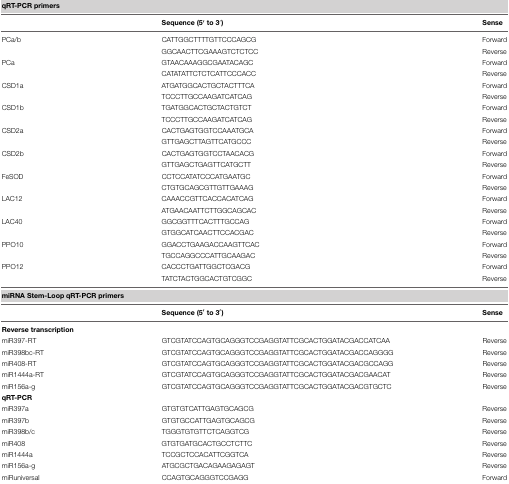
<table><thead><tr><td colspan="3"><b>qRT-PCR primers</b></td></tr><tr><td></td><td><b>Sequence (5′to 3′)</b></td><td><b>Sense</b></td></tr></thead><tbody><tr><td>PCa/b</td><td>CATTGGCTTTTGTTCCCAGCG</td><td>Forward</td></tr><tr><td></td><td>GGCAACTTCGAAAGTCTCTCC</td><td>Reverse</td></tr><tr><td>PCa</td><td>GTAACAAAGGCGAATACAGC</td><td>Forward</td></tr><tr><td></td><td>CATATATTCTCTCATTCCCACC</td><td>Reverse</td></tr><tr><td>CSD1a</td><td>ATGATGGCACTGCTACTTTCA</td><td>Forward</td></tr><tr><td></td><td>TCCCTTGCCAAGATCATCAG</td><td>Reverse</td></tr><tr><td>CSD1b</td><td>TGATGGCACTGCTACTGTCT</td><td>Forward</td></tr><tr><td></td><td>TCCCTTGCCAAGATCATCAG</td><td>Reverse</td></tr><tr><td>CSD2a</td><td>CACTGAGTGGTCCAAATGCA</td><td>Forward</td></tr><tr><td></td><td>GTTGAGCTTAGTTCATGCCC</td><td>Reverse</td></tr><tr><td>CSD2b</td><td>CACTGAGTGGTCCTAACACG</td><td>Forward</td></tr><tr><td></td><td>GTTGAGCTGAGTTCATGCTT</td><td>Reverse</td></tr><tr><td>FeSOD</td><td>CCTCCATATCCCATGAATGC</td><td>Forward</td></tr><tr><td></td><td>CTGTGCAGCGTTGTTGAAAG</td><td>Reverse</td></tr><tr><td>LAC12</td><td>CAAACCGTTCACCACATCAG</td><td>Forward</td></tr><tr><td></td><td>ATGAACAATTCTTGGCAGCAC</td><td>Reverse</td></tr><tr><td>LAC40</td><td>GGCGGTTTCACTTTGCCAG</td><td>Forward</td></tr><tr><td></td><td>GTGGCATCAACTTCCACGAC</td><td>Reverse</td></tr><tr><td>PPO10</td><td>GGACCTGAAGACCAAGTTCAC</td><td>Forward</td></tr><tr><td></td><td>TGCCAGGCCCATTGCAAGAC</td><td>Reverse</td></tr><tr><td>PPO12</td><td>CACCCTGATTGGCTCGACG</td><td>Forward</td></tr><tr><td></td><td>TATCTACTGGCACTGTCGGC</td><td>Reverse</td></tr><tr><td><b>miRNA Stem-Loop qRT-PCR primers</b></td></tr><tr><td></td><td><b>Sequence (5</b>′<b>to 3</b>′<b>)</b></td><td><b>Sense</b></td></tr><tr><td><b>Reverse transcription</b></td><td></td><td></td></tr><tr><td>miR397-RT</td><td>GTCGTATCCAGTGCAGGGTCCGAGGTATTCGCACTGGATACGACCATCAA</td><td>Reverse</td></tr><tr><td>miR398bc-RT</td><td>GTCGTATCCAGTGCAGGGTCCGAGGTATTCGCACTGGATACGACCAGGGG</td><td>Reverse</td></tr><tr><td>miR408-RT</td><td>GTCGTATCCAGTGCAGGGTCCGAGGTATTCGCACTGGATACGACGCCAGG</td><td>Reverse</td></tr><tr><td>miR1444a-RT</td><td>GTCGTATCCAGTGCAGGGTCCGAGGTATTCGCACTGGATACGACGAACAT</td><td>Reverse</td></tr><tr><td>miR156a-g</td><td>GTCGTATCCAGTGCAGGGTCCGAGGTATTCGCACTGGATACGACGTGCTC</td><td>Reverse</td></tr><tr><td><b>qRT-PCR</b></td><td></td><td></td></tr><tr><td>miR397a</td><td>GTGTGTCATTGAGTGCAGCG</td><td>Reverse</td></tr><tr><td>miR397b</td><td>GTGTGCCATTGAGTGCAGCG</td><td>Reverse</td></tr><tr><td>miR398b/c</td><td>TGGGTGTGTTCTCAGGTCG</td><td>Reverse</td></tr><tr><td>miR408</td><td>GTGTGATGCACTGCCTCTTC</td><td>Reverse</td></tr><tr><td>miR1444a</td><td>TCCGCTCCACATTCGGTCA</td><td>Reverse</td></tr><tr><td>miR156a-g</td><td>ATGCGCTGACAGAAGAGAGT</td><td>Reverse</td></tr><tr><td>miRuniversal</td><td>CCAGTGCAGGGTCCGAGG</td><td>Forward</td></tr></tbody></table>